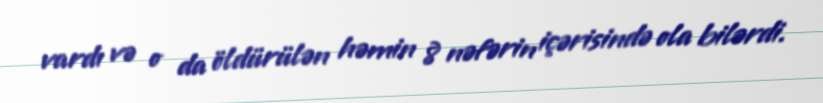
vardı və o da öldürülən həmin 8 nəfərin içərisində ola bilərdi.